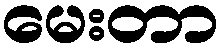
မေးတာ